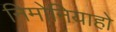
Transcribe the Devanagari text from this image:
निमोनियाहो